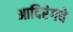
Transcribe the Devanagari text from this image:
आदिरंगचे